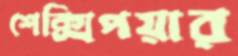
শেক্সিপয়ার